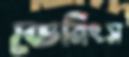
ডেমিংস